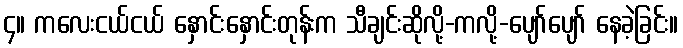
၄။ ကလေးငယ်ငယ် နှောင်းနှောင်းတုန်းက သီချင်းဆိုလို့-ကလို့-ပျော်ပျော် နေခဲ့ခြင်း။